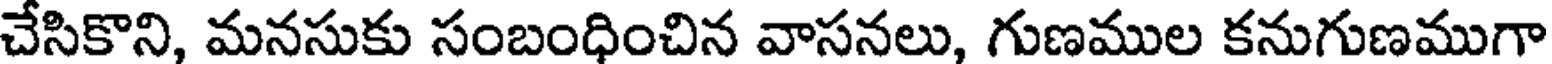
చేసికొని, మనసుకు సంబంధించిన వాసనలు, గుణముల కనుగుణముగా